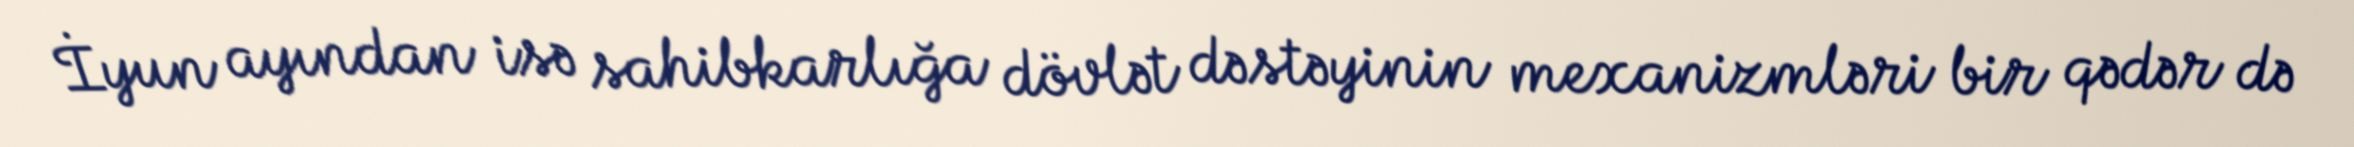
İyun ayından isə sahibkarlığa dövlət dəstəyinin mexanizmləri bir qədər də